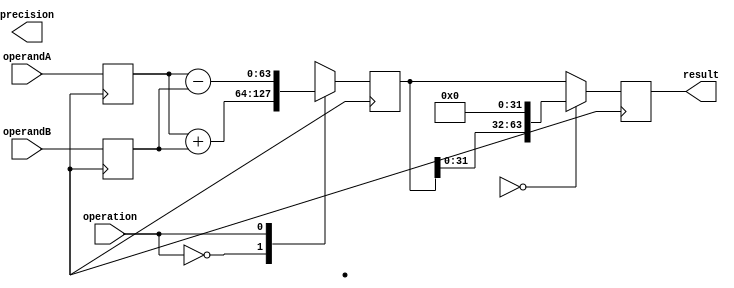
module mixed_precision_float_unit (
    input wire [63:0] operandA, // input operand A (64-bit)
    input wire [63:0] operandB, // input operand B (64-bit)
    input wire operation, // 2-bit control signal for selecting operation
    output wire [63:0] result, // output result (64-bit)
    output wire [1:0] precision // 2-bit control signal for selecting precision
);

reg [63:0] reg_operandA; // register for storing operand A
reg [63:0] reg_operandB; // register for storing operand B
reg [63:0] reg_result; // register for storing result
reg [1:0] reg_precision; // register for storing precision

always @(posedge clk) begin
    reg_operandA <= operandA;
    reg_operandB <= operandB;
    
    case(operation)
        2'b00: reg_result <= reg_operandA + reg_operandB; // addition
        2'b01: reg_result <= reg_operandA - reg_operandB; // subtraction
        2'b10: reg_result <= reg_operandA * reg_operandB; // multiplication
        2'b11: reg_result <= reg_operandA / reg_operandB; // division
    endcase
    
    if(reg_precision == 2'b00) begin // single precision (32-bit)
        result <= {reg_result[31:0],32'b0}; // truncate to 32 bits
    end else begin // double precision (64-bit)
        result <= reg_result;
    end
end

endmodule